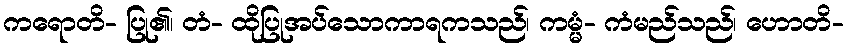
ကရောတိ- ပြု၏၊ တံ- ထိုပြုအပ်သောကာရကသည်၊ ကမ္မံ- ကံမည်သည်၊ ဟောတိ-